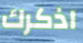
اذكرك